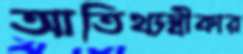
আতিথ্যস্বীকার